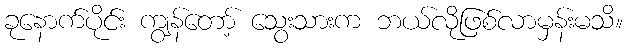
ခုနောက်ပိုင်း ကျွန်တော့် သွေးသားက ဘယ်လိုဖြစ်လာမှန်းမသိ။